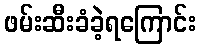
ဖမ်းဆီးခံခဲ့ရကြောင်း